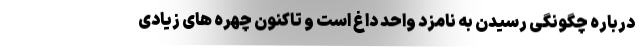
درباره چگونگی رسیدن به نامزد واحد داغ است و تاکنون چهره های زیادی